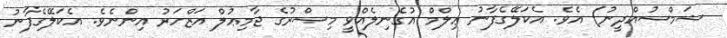
ޝަމްސުއްދީނު) އެވެ. އެކަލޭގެފާނު ޢިލްމް އުގެނިލެއްވީ މިޞްރުގެ ޖާމިޢުލް އަޒްހަރު އިންނެވެ. އެކަލޭގެފާނު